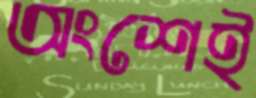
অংশেই